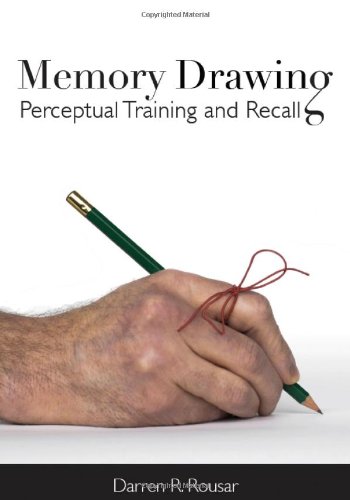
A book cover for Memory Drawing: Perceptual Training and Recall; Darren R. Rousar; Arts & Photography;